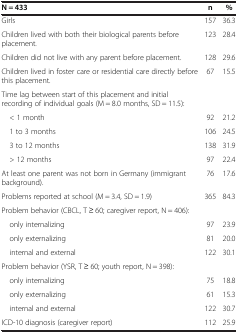
| N = 433 | n | % |
 | --- | --- | --- |
 | Girls | 157 | 36.3 |
 | Children lived with both their biological parents before placement. | 123 | 28.4 |
 | Children did not live with any parent before placement. | 128 | 29.6 |
 | Children lived in foster care or residential care directly before this placement. | 67 | 15.5 |
 | Time lag between start of this placement and initial recording of individual goals (M = 8.0 months, SD = 11.5): |  |  |
 | < 1 month | 92 | 21.2 |
 | 1 to 3 months | 106 | 24.5 |
 | 3 to 12 months | 138 | 31.9 |
 | > 12 months | 97 | 22.4 |
 | At least one parent was not born in Germany (immigrant background). | 76 | 17.6 |
 | Problems reported at school (M = 3.4, SD = 1.9) | 365 | 84.3 |
 | Problem behavior (CBCL, T ≥ 60; caregiver report, N = 406): |  |  |
 | only internalizing | 97 | 23.9 |
 | only externalizing | 81 | 20.0 |
 | internal and external | 122 | 30.1 |
 | Problem behavior (YSR, T ≥ 60; youth report, N = 398): |  |  |
 | only internalizing | 75 | 18.8 |
 | only externalizing | 61 | 15.3 |
 | internal and external | 122 | 30.7 |
 | ICD-10 diagnosis (caregiver report) | 112 | 25.9 |